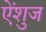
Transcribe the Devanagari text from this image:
ऐंशुज